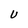
Character: U